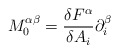
\begin{align*}M^{\alpha \beta }_{0}=\frac{\delta F^{\alpha }}{\delta A_{i}}\partial _{i}^{\beta }\end{align*}